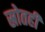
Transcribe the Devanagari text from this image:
स्रोतही